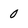
Character: 0